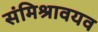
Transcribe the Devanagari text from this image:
संमिश्रावयव